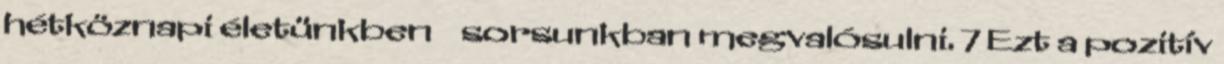
hétköznapi életünkben � sorsunkban megvalósulni. 7 Ezt a pozitív